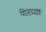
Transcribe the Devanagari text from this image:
गिलच्यांशी